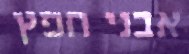
אבני חפץ